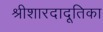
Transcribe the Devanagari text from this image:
श्रीशारदादूतिका